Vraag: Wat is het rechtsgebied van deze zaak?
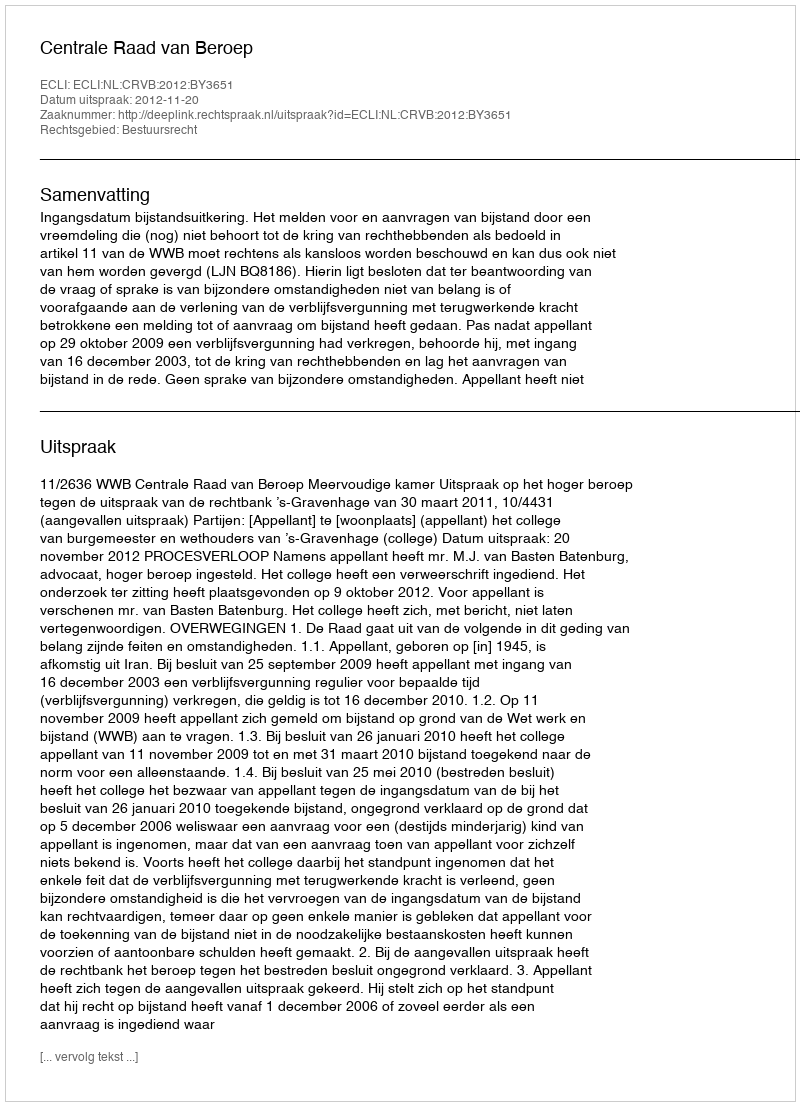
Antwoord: Bestuursrecht